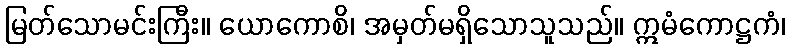
မြတ်သောမင်းကြီး။ ယောကောစိ၊ အမှတ်မရှိသောသူသည်။ ဣမံကောဋ္ဌကံ၊